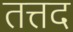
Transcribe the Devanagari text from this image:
तत्तद